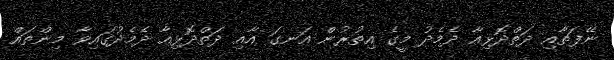
ނޭފަތާއި ދަތްދޮޅިއާ ދެމެދު މީގެ އިތުރުން އަނގަ އާއި ދަތްދޮޅިއާ ދެމެދުގައިވާ މިންތައް